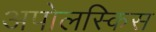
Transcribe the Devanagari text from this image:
अपोलस्किस